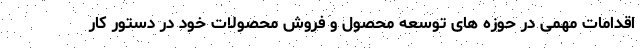
اقدامات مهمی در حوزه های توسعه محصول و فروش محصولات خود در دستور کار